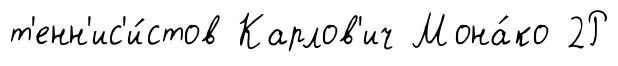
т'енн'ис'и́стов Карлов'ич Мона́ко 2Р